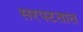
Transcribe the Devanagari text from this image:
सरपटतात